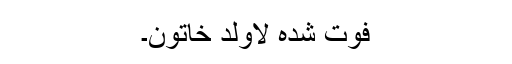
فوت شدہ لاولد خاتون۔